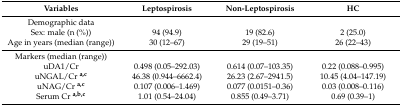
<table><thead><tr><td><b>Variables</b></td><td><b>Leptospirosis</b></td><td><b>Non-Leptospirosis</b></td><td><b>HC</b></td></tr></thead><tbody><tr><td>Demographic data</td><td></td><td></td><td></td></tr><tr><td>Sex: male (n (%))</td><td>94 (94.9)</td><td>19 (82.6)</td><td>2 (25.0)</td></tr><tr><td>Age in years (median (range))</td><td>30 (12–67)</td><td>29 (19–51)</td><td>26 (22–43)</td></tr><tr><td>Markers (median (range))</td><td></td><td></td><td></td></tr><tr><td>uDA1/Cr</td><td>0.498 (0.05–292.03)</td><td>0.614 (0.07–103.35)</td><td>0.22 (0.088–0.995)</td></tr><tr><td>uNGAL/Cr <b><sup>a,c</sup></b></td><td>46.38 (0.944–6662.4)</td><td>26.23 (2.67–2941.5)</td><td>10.45 (4.04–147.19)</td></tr><tr><td>uNAG/Cr <b><sup>a,c</sup></b></td><td>0.107 (0.006–1.469)</td><td>0.077 (0.0151–0.36)</td><td>0.03 (0.008–0.116)</td></tr><tr><td>Serum Cr <b><sup>a,b,c</sup></b></td><td>1.01 (0.54–24.04)</td><td>0.855 (0.49–3.71)</td><td>0.69 (0.39–1)</td></tr></tbody></table>